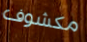
مكشوف